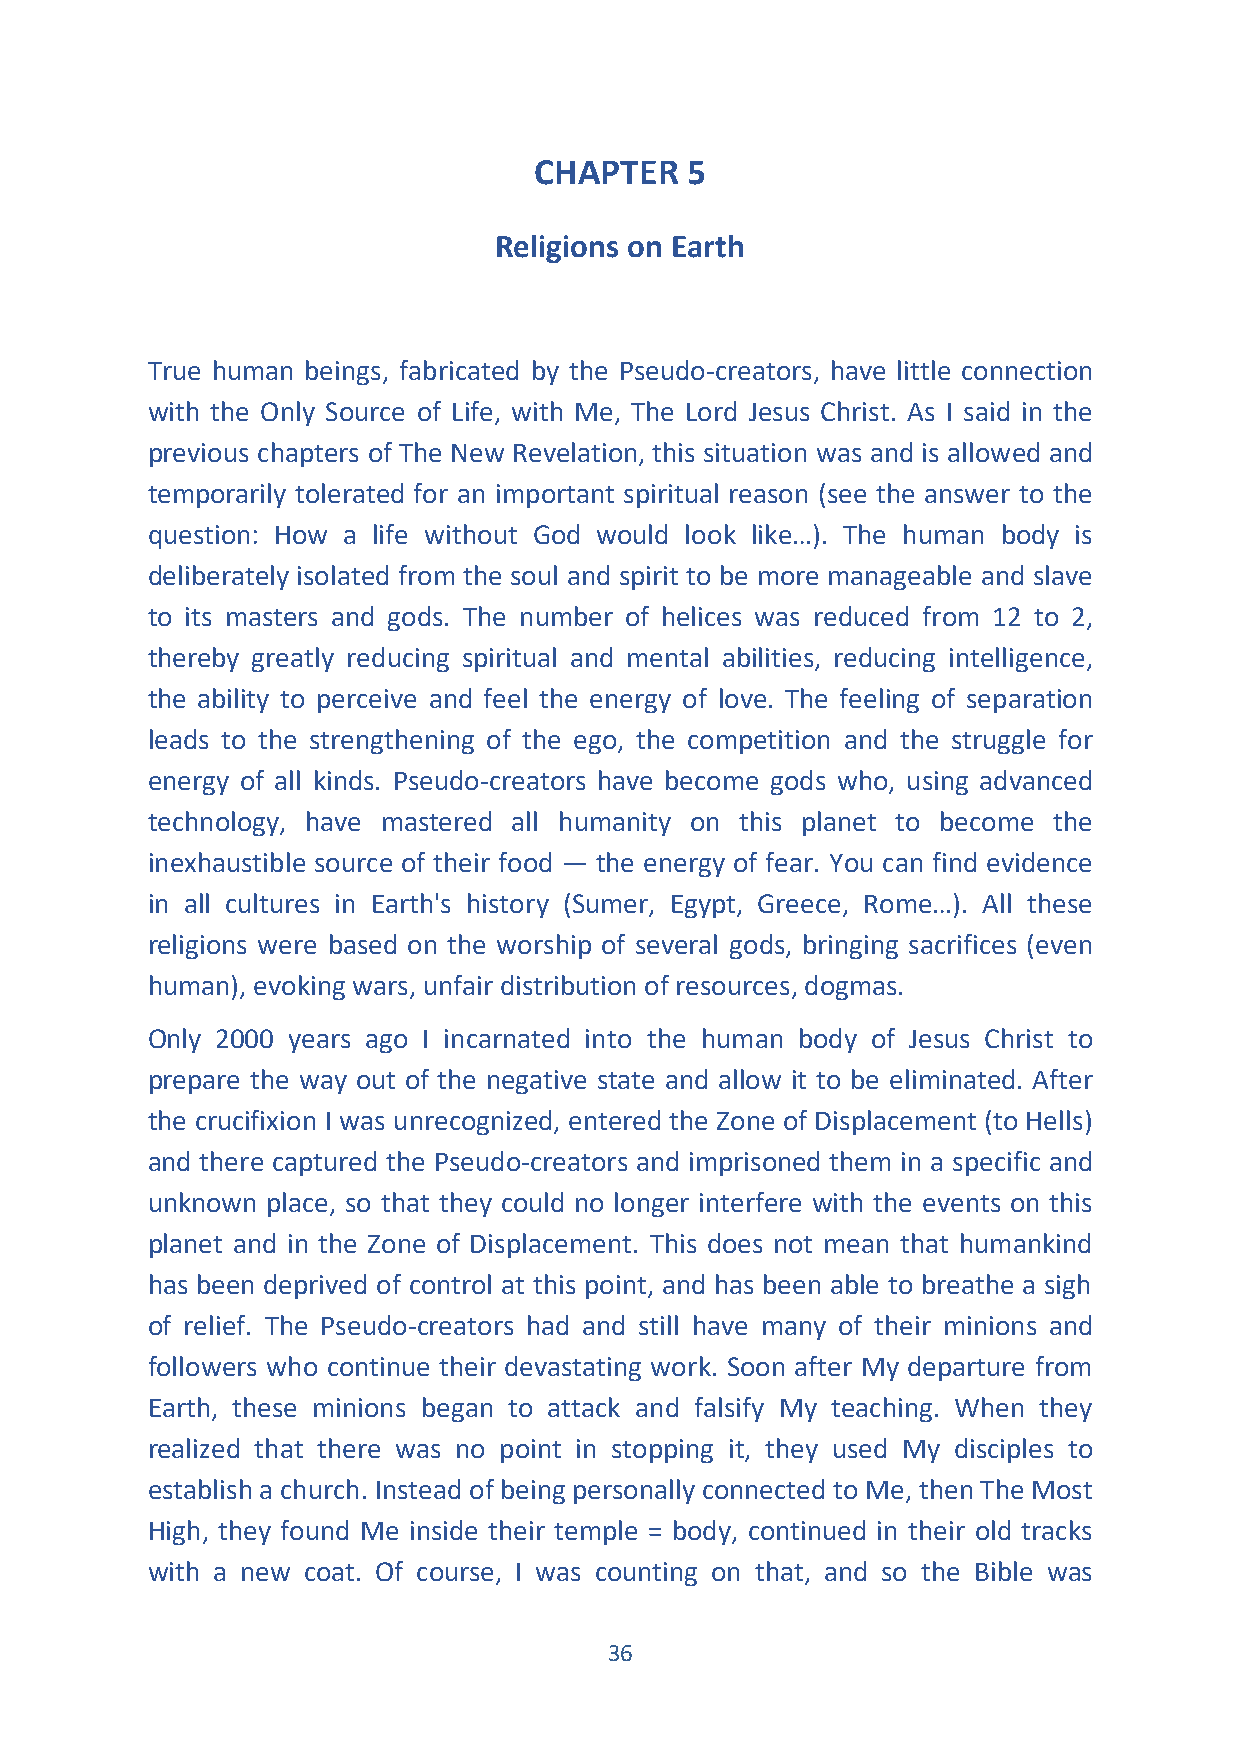
CHAPTER   5
 Religions on Earth
 True human beings, fabricated by the Pseudo-creators, have little connection
 with the Only Source of Life, with Me, The Lord Jesus Christ. As I said in the
 previous chapters of The New Revelation, this situation was and is allowed and
 temporarily tolerated for an important spiritual reason (see the answer to the
 question: How a life without God would look like…). The human body is
 deliberately isolated from the soul and spirit to be more manageable and slave
 to its masters and gods. The number of helices was reduced from 12 to 2,
 thereby greatly reducing spiritual and mental abilities, reducing intelligence,
 the ability to perceive and feel the energy of love. The feeling of separation
 leads to the strengthening of the ego, the competition and the struggle for
 energy of all kinds. Pseudo-creators have become gods who, using advanced
 technology, have mastered all humanity on this planet to become the
 inexhaustible source of their food — the energy of fear. You can find evidence
 in all cultures in Earth's history (Sumer, Egypt, Greece, Rome…). All these
 religions were based on the worship of several gods, bringing sacrifices (even
 human), evoking wars, unfair distribution of resources, dogmas.
 Only 2000 years ago I incarnated into the human body of Jesus Christ to
 prepare the way out of the negative state and allow it to be eliminated. After
 the crucifixion I was unrecognized, entered the Zone of Displacement (to Hells)
 and there captured the Pseudo-creators and imprisoned them in a specific and
 unknown place, so that they could no longer interfere with the events on this
 planet and in the Zone of Displacement. This does not mean that humankind
 has been deprived of control at this point, and has been able to breathe a sigh
 of relief. The Pseudo-creators had and still have many of their minions and
 followers who continue their devastating work. Soon after My departure from
 Earth, these minions began to attack and falsify My teaching. When they
 realized that there was no point in stopping it, they used My disciples to
 establish a church. Instead of being personally connected to Me, then The Most
 High, they found Me inside their temple = body, continued in their old tracks
 with a new coat. Of course, I was counting on that, and so the Bible was
 36